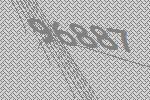
96887